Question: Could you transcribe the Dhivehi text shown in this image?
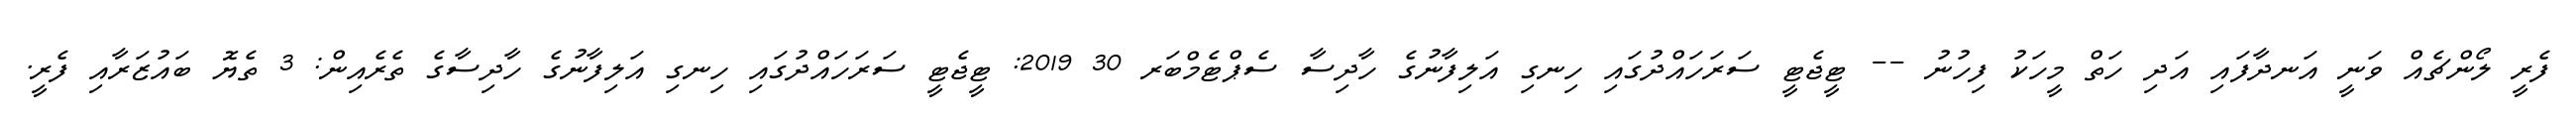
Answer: ފެރީ ލޯންޗެއް ވަނީ އަނދާފައި އަދި ހަތް މީހަކު ފިހުނު -- ޓީޖެޓީ ސަރަހައްދުގައި ހިނގި އަލިފާނުގެ ހާދިސާ ސެޕްޓެމްބަރ 30 2019: ޓީޖެޓީ ސަރަހައްދުގައި ހިނގި އަލިފާނުގެ ހާދިސާގެ ތެރެއިން: 3 ތެޔޮ ބައުޒަރާއި ފެރީ.